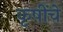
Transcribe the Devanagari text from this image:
कृषींचे